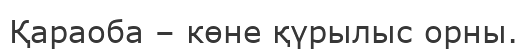
Қараоба – көне қүрылыс орны.